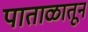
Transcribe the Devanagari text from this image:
पाताळातून